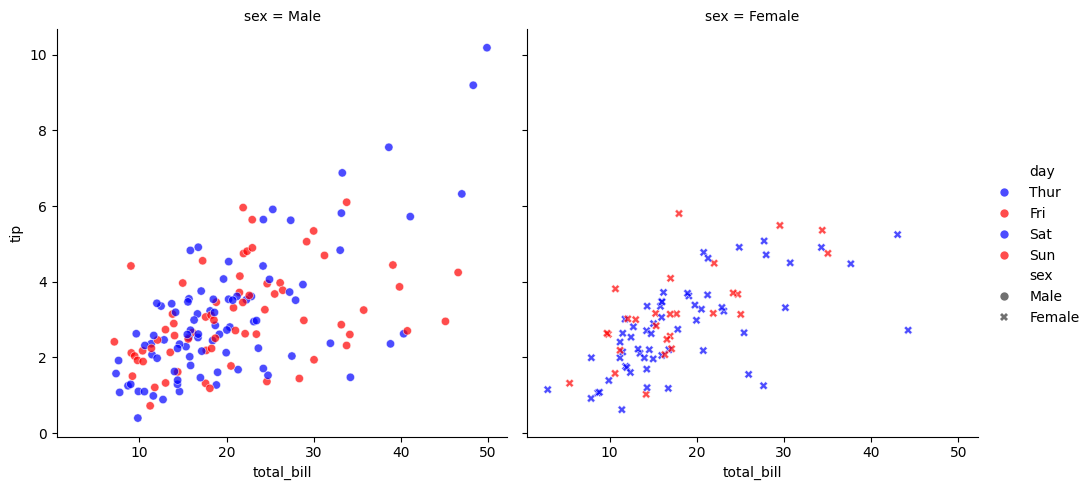
python, seaborn, relplot, alpha=0.7